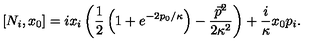
[ N _ { i } , x _ { 0 } ] = i x _ { i } \left( \frac 1 2 \left( 1 + e ^ { - 2 p _ { 0 } / \kappa } \right) - \frac { \vec { p } { } ^ { 2 } } { 2 \kappa ^ { 2 } } \right) + \frac { i } \kappa x _ { 0 } p _ { i } .